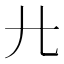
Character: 𢌬